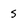
Character: s